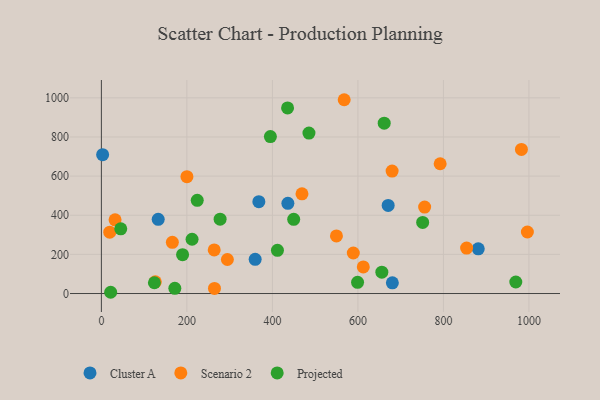
{"axis": {"x": "Study Hours", "y": "Yield"}, "legend": ["Cluster A", "Projected", "Scenario 2"], "data": [{"x": "436.2", "y": 461.1, "type": "Cluster A"}, {"x": "881.5", "y": 228.4, "type": "Cluster A"}, {"x": "680.6", "y": 54.5, "type": "Cluster A"}, {"x": "368.3", "y": 469.3, "type": "Cluster A"}, {"x": "2.9", "y": 709.8, "type": "Cluster A"}, {"x": "670.8", "y": 450.1, "type": "Cluster A"}, {"x": "132.9", "y": 379.0, "type": "Cluster A"}, {"x": "359.7", "y": 174.7, "type": "Cluster A"}, {"x": "19.6", "y": 313.4, "type": "Scenario 2"}, {"x": "294.7", "y": 174.0, "type": "Scenario 2"}, {"x": "680.0", "y": 626.0, "type": "Scenario 2"}, {"x": "982.5", "y": 736.6, "type": "Scenario 2"}, {"x": "166.0", "y": 261.9, "type": "Scenario 2"}, {"x": "589.2", "y": 207.0, "type": "Scenario 2"}, {"x": "792.4", "y": 663.2, "type": "Scenario 2"}, {"x": "264.5", "y": 25.9, "type": "Scenario 2"}, {"x": "567.9", "y": 990.4, "type": "Scenario 2"}, {"x": "996.4", "y": 314.5, "type": "Scenario 2"}, {"x": "549.8", "y": 294.4, "type": "Scenario 2"}, {"x": "32.0", "y": 376.5, "type": "Scenario 2"}, {"x": "469.2", "y": 509.5, "type": "Scenario 2"}, {"x": "126.1", "y": 60.0, "type": "Scenario 2"}, {"x": "756.1", "y": 441.6, "type": "Scenario 2"}, {"x": "263.9", "y": 223.0, "type": "Scenario 2"}, {"x": "200.1", "y": 597.3, "type": "Scenario 2"}, {"x": "854.3", "y": 232.2, "type": "Scenario 2"}, {"x": "612.6", "y": 136.0, "type": "Scenario 2"}, {"x": "656.0", "y": 109.3, "type": "Projected"}, {"x": "485.5", "y": 820.1, "type": "Projected"}, {"x": "751.5", "y": 363.2, "type": "Projected"}, {"x": "45.3", "y": 330.5, "type": "Projected"}, {"x": "224.2", "y": 476.4, "type": "Projected"}, {"x": "124.0", "y": 55.2, "type": "Projected"}, {"x": "277.7", "y": 379.9, "type": "Projected"}, {"x": "21.7", "y": 6.4, "type": "Projected"}, {"x": "661.5", "y": 870.4, "type": "Projected"}, {"x": "171.8", "y": 26.5, "type": "Projected"}, {"x": "395.3", "y": 802.3, "type": "Projected"}, {"x": "969.3", "y": 59.0, "type": "Projected"}, {"x": "411.8", "y": 220.7, "type": "Projected"}, {"x": "189.9", "y": 198.7, "type": "Projected"}, {"x": "599.2", "y": 57.4, "type": "Projected"}, {"x": "212.1", "y": 277.4, "type": "Projected"}, {"x": "435.5", "y": 948.3, "type": "Projected"}, {"x": "449.8", "y": 379.4, "type": "Projected"}]}